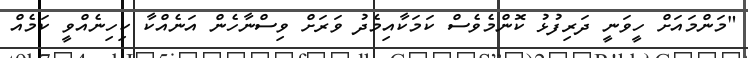
"މަންމައަށް ހީވަނީ ދަރިފުޅު ކޮންމެވެސް ކަމަކާއިމެދު ވަރަށް ވިސްނާހެން އަނެއްކާ ކިހިނެއްވީ ކަމެއް